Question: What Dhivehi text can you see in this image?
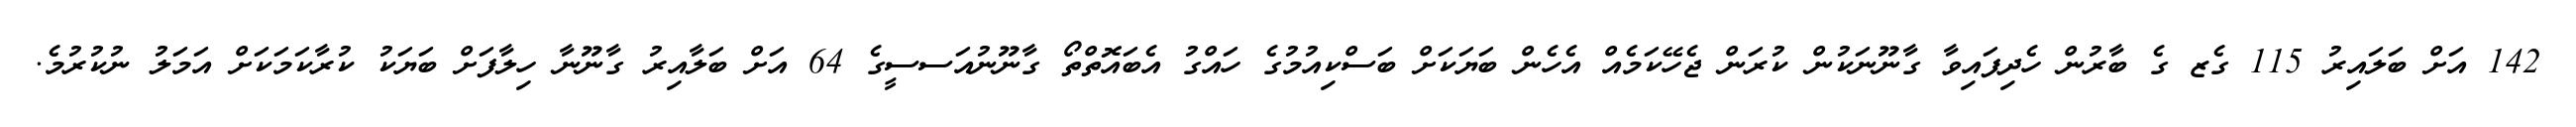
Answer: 142 އަށް ބަލައިރު 115 ގެޒ ގެ ބާރުން ހެދިފައިވާ ގާނޫނަކުން ކުރަން ޖެހޭކަމެއް އެހެން ބަޔަކަށް ބަސްކިއުމުގެ ހައްގު އެބައޮތްތޯ ގާނޫނުއަސސީގެ 64 އަށް ބަލާއިރު ގާނޫނާ ހިލާފަށް ބަޔަކު ކުރާކަމަކަށް އަމަލު ނުކުރުމެ.